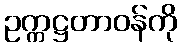
ဥက္ကဋ္ဌတာဝန်ကို